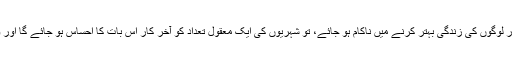
اگر ایک حکومت کرپٹ ہو اور لوگوں کی زندگی بہتر کرنے میں ناکام ہو جائے، تو شہریوں کی ایک معقول تعداد کو آخر کار اس بات کا احساس ہو جائے گا اور وہ حکومت تبدیل کر دیں گے۔